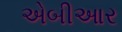
એબીઆર